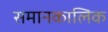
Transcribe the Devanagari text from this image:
समानकालिक